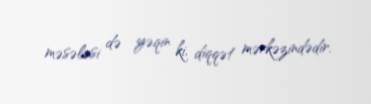
məsələsi də yəqin ki, diqqət mərkəzindədir.